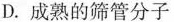
D.成熟的筛管分子